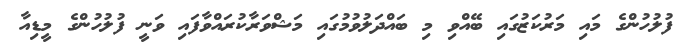
ފުލުހުންގެ މައި މަރުކަޒުގައި ބޭއްވި މި ބައްދަލުވުމުގައި މަޝްވަރާކުރައްވާފައި ވަނީ ފުލުހުންގެ މީޑިއާ